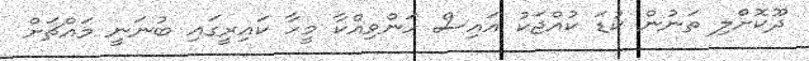
ދޫކޮށްލި ތަނުން ކުޑަ ކުއްޖަކު އައިސް ހަންވިއްކާ މީހާ ކައިރީގައި ބުނަނީ މައްޗަށް